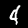
Digit: 4